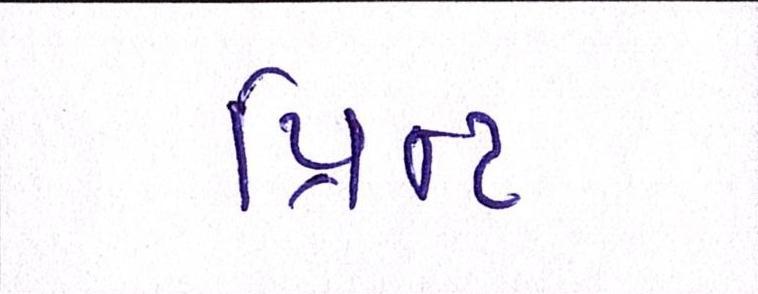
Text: પ્રિન્ટ